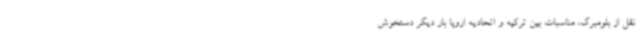
نقل از بلومبرگ، مناسبات بین ترکیه و اتحادیه اروپا بار دیگر دستخوش